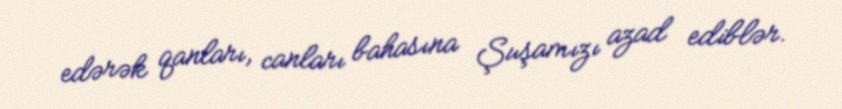
edərək qanları, canları bahasına Şuşamızı azad ediblər.